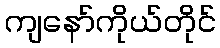
ကျနော်ကိုယ်တိုင်